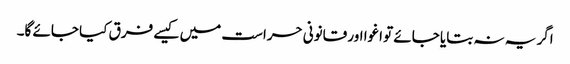
اگر یہ نہ بتایا جائے تو اغوا اور قانونی حراست میں کیسے فرق کیا جائے گا۔